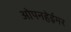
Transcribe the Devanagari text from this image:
ओपनहेईमर